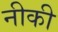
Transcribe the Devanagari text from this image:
नीकी